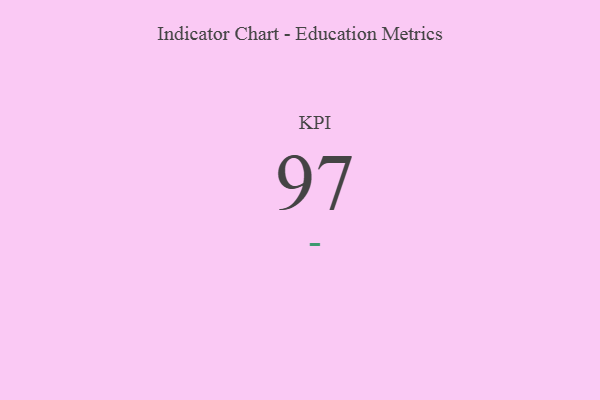
{"axis": {"x": "KPI", "y": "Value"}, "legend": [""], "data": [{"x": "KPI", "y": 97, "type": ""}]}